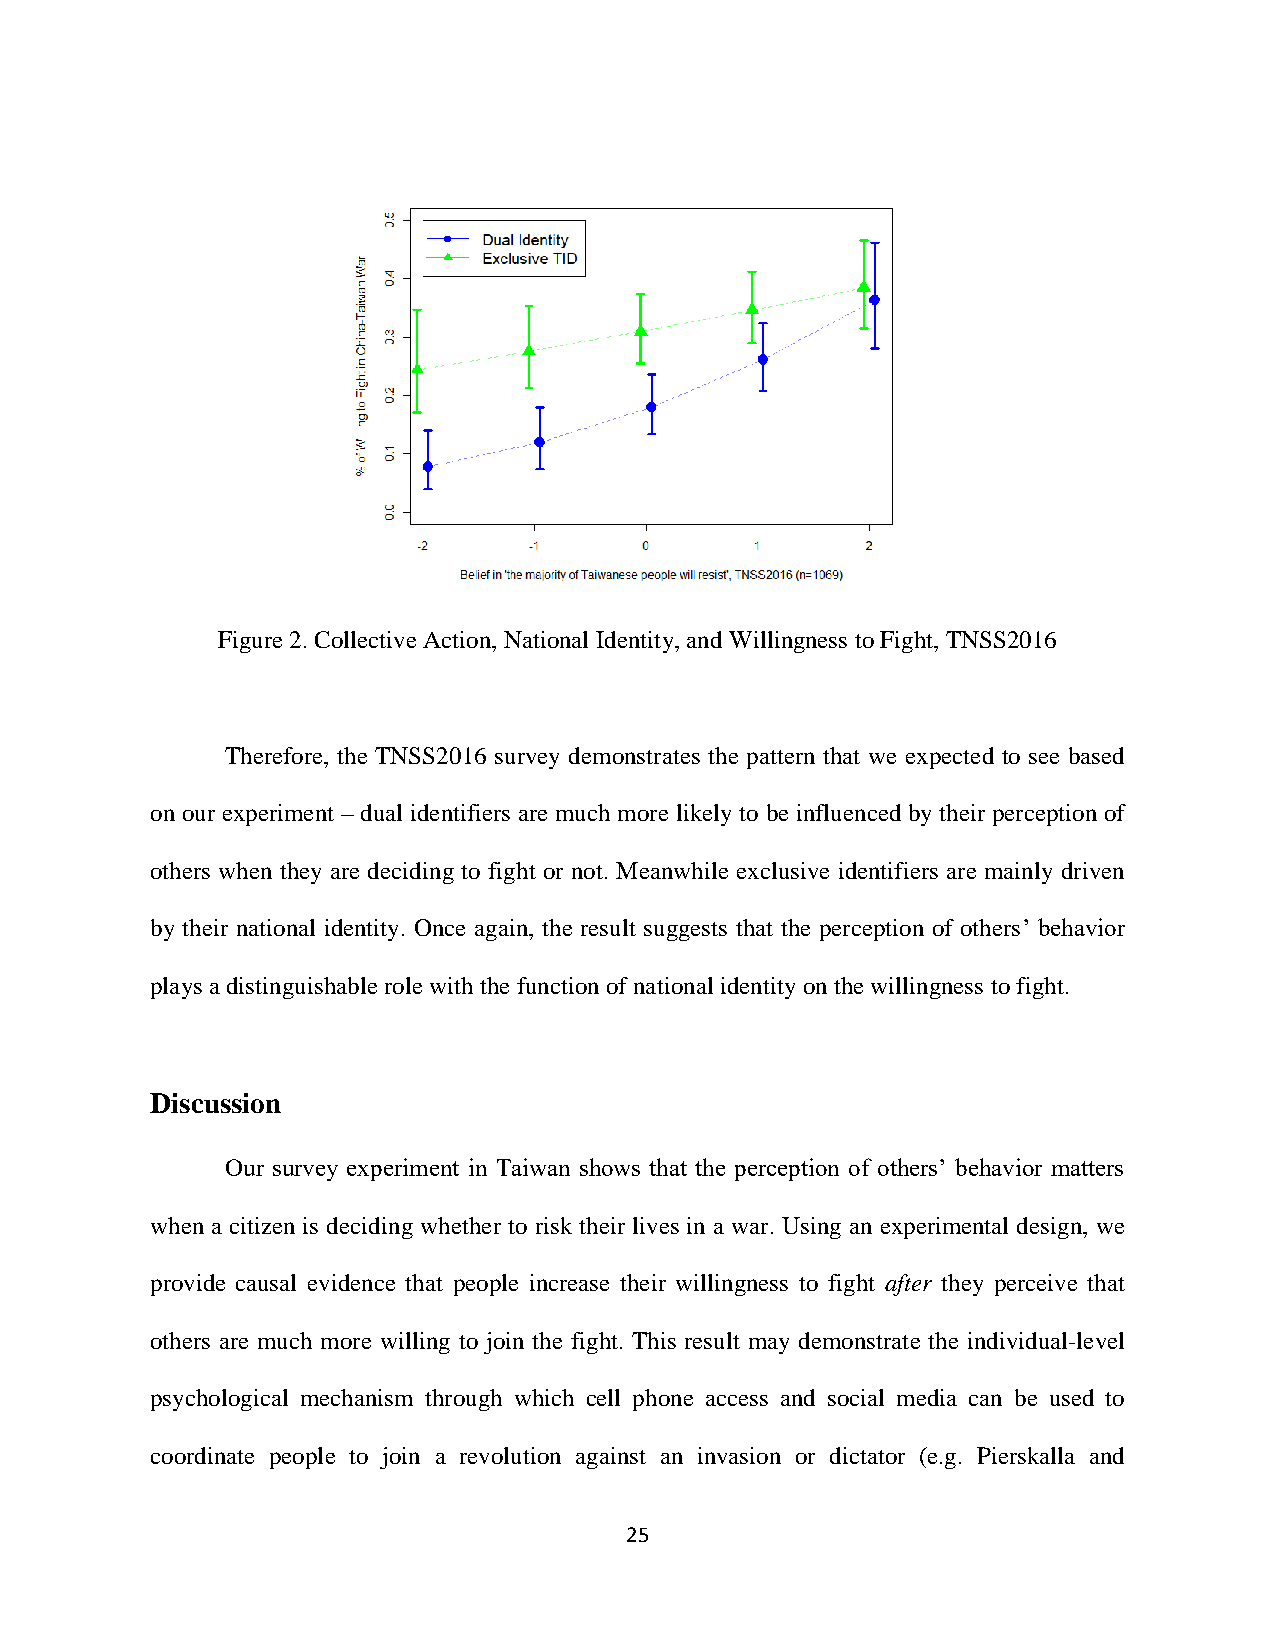
Figure 2. Collective Action, National Identity, and Willingness to Fight, TNSS2016
 Therefore, the TNSS2016 survey demonstrates the pattern that we expected to see based
 on our experiment – dual identifiers are much more likely to be influenced by their perception of
 others when they are deciding to fight or not. Meanwhile exclusive identifiers are mainly driven
 by their national identity. Once again, the result suggests that the perception of others’ behavior
 plays a distinguishable role with the function of national identity on the willingness to fight.
 Discussion
 Our survey experiment in Taiwan shows that the perception of others’ behavior matters
 when a citizen is deciding whether to risk their lives in a war. Using an experimental design, we
 provide causal evidence that people increase their willingness to fight after they perceive that
 others are much more willing to join the fight. This result may demonstrate the individual-level
 psychological mechanism through which cell phone access and social media can be used to
 coordinate people to join a revolution against an invasion or dictator (e.g. Pierskalla and
 25